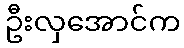
ဦးလှအောင်က